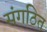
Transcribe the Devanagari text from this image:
संगठित